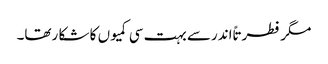
مگر فطرتاً اندرسے بہت سی کمیوں کا شکا رتھا۔